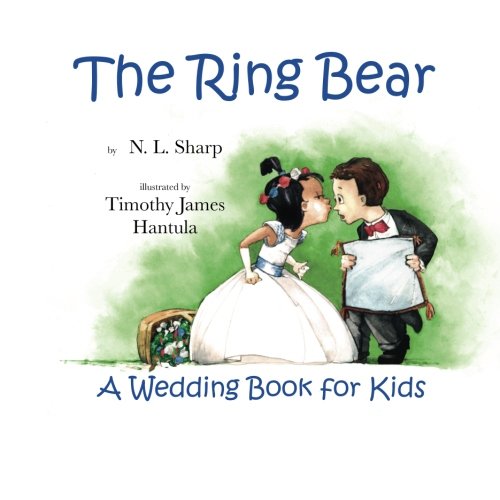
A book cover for The Ring Bear: A Wedding Book for Kids; N. L. Sharp; Children's Books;